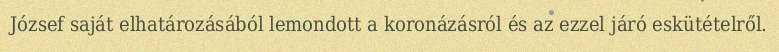
József saját elhatározásából lemondott a koronázásról és az ezzel járó eskütételről.